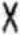
X